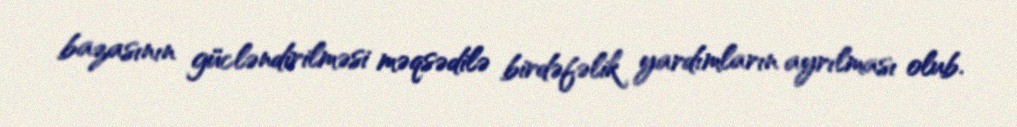
bazasının gücləndirilməsi məqsədilə birdəfəlik yardımların ayrılması olub.